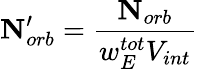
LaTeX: \mathbf{N}_{orb}^{\prime}=\frac{\mathbf{N}_{orb}}{w_{E}^{tot}V_{int}}